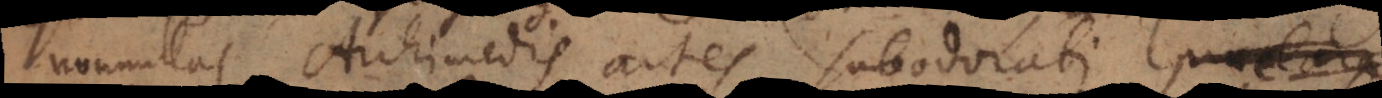
nonnullas Archimedis artes subodorati praeclara